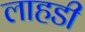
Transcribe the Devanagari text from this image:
लाहडी